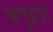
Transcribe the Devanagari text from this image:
बगुइयो